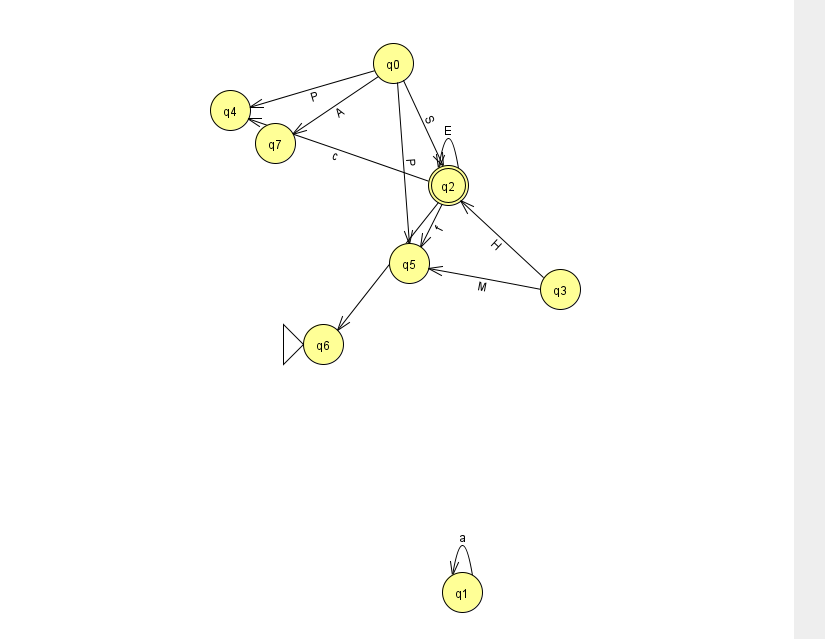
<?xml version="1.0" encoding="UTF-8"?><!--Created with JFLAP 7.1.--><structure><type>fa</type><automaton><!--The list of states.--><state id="0" name="q0"><x>393.0</x><y>50.0</y></state><state id="1" name="q1"><x>462.0</x><y>579.0</y></state><state id="2" name="q2"><x>448.0</x><y>172.0</y><final/></state><state id="3" name="q3"><x>560.0</x><y>276.0</y></state><state id="4" name="q4"><x>230.0</x><y>97.0</y></state><state id="5" name="q5"><x>409.0</x><y>250.0</y></state><state id="6" name="q6"><x>323.0</x><y>331.0</y><initial/></state><state id="7" name="q7"><x>275.0</x><y>130.0</y></state><!--The list of transitions.--><transition><from>0</from><to>4</to><read>P</read></transition><transition><from>1</from><to>1</to><read>a</read></transition><transition><from>3</from><to>2</to><read>H</read></transition><transition><from>0</from><to>2</to><read>S</read></transition><transition><from>0</from><to>5</to><read>P</read></transition><transition><from>2</from><to>4</to><read>c</read></transition><transition><from>2</from><to>2</to><read>E</read></transition><transition><from>2</from><to>5</to><read>f</read></transition><transition><from>0</from><to>7</to><read>A</read></transition><transition><from>3</from><to>5</to><read>M</read></transition><transition><from>2</from><to>6</to><read>x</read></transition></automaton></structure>